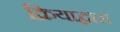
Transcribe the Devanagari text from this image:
क्रियाद्वारा